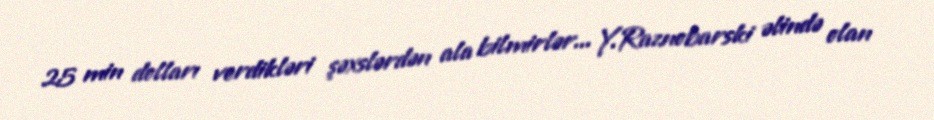
25 min dolları verdikləri şəxslərdən ala bilmirlər... Y.Raznobarski əlində olan